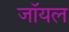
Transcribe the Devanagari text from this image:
जाॅयल